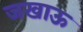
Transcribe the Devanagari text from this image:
जखाऊ